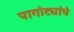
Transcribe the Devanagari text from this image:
पागोट्यांचे